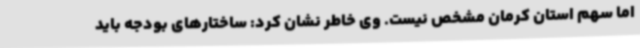
اما سهم استان کرمان مشخص نیست. وی خاطر نشان کرد: ساختارهای بودجه باید